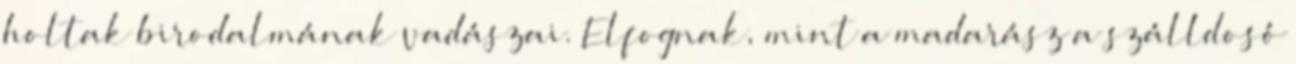
holtak birodalmának vadászai. Elfognak, mint a madarász a szálldosó